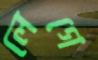
লেগে